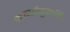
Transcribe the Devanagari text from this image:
कार्यानुमति।